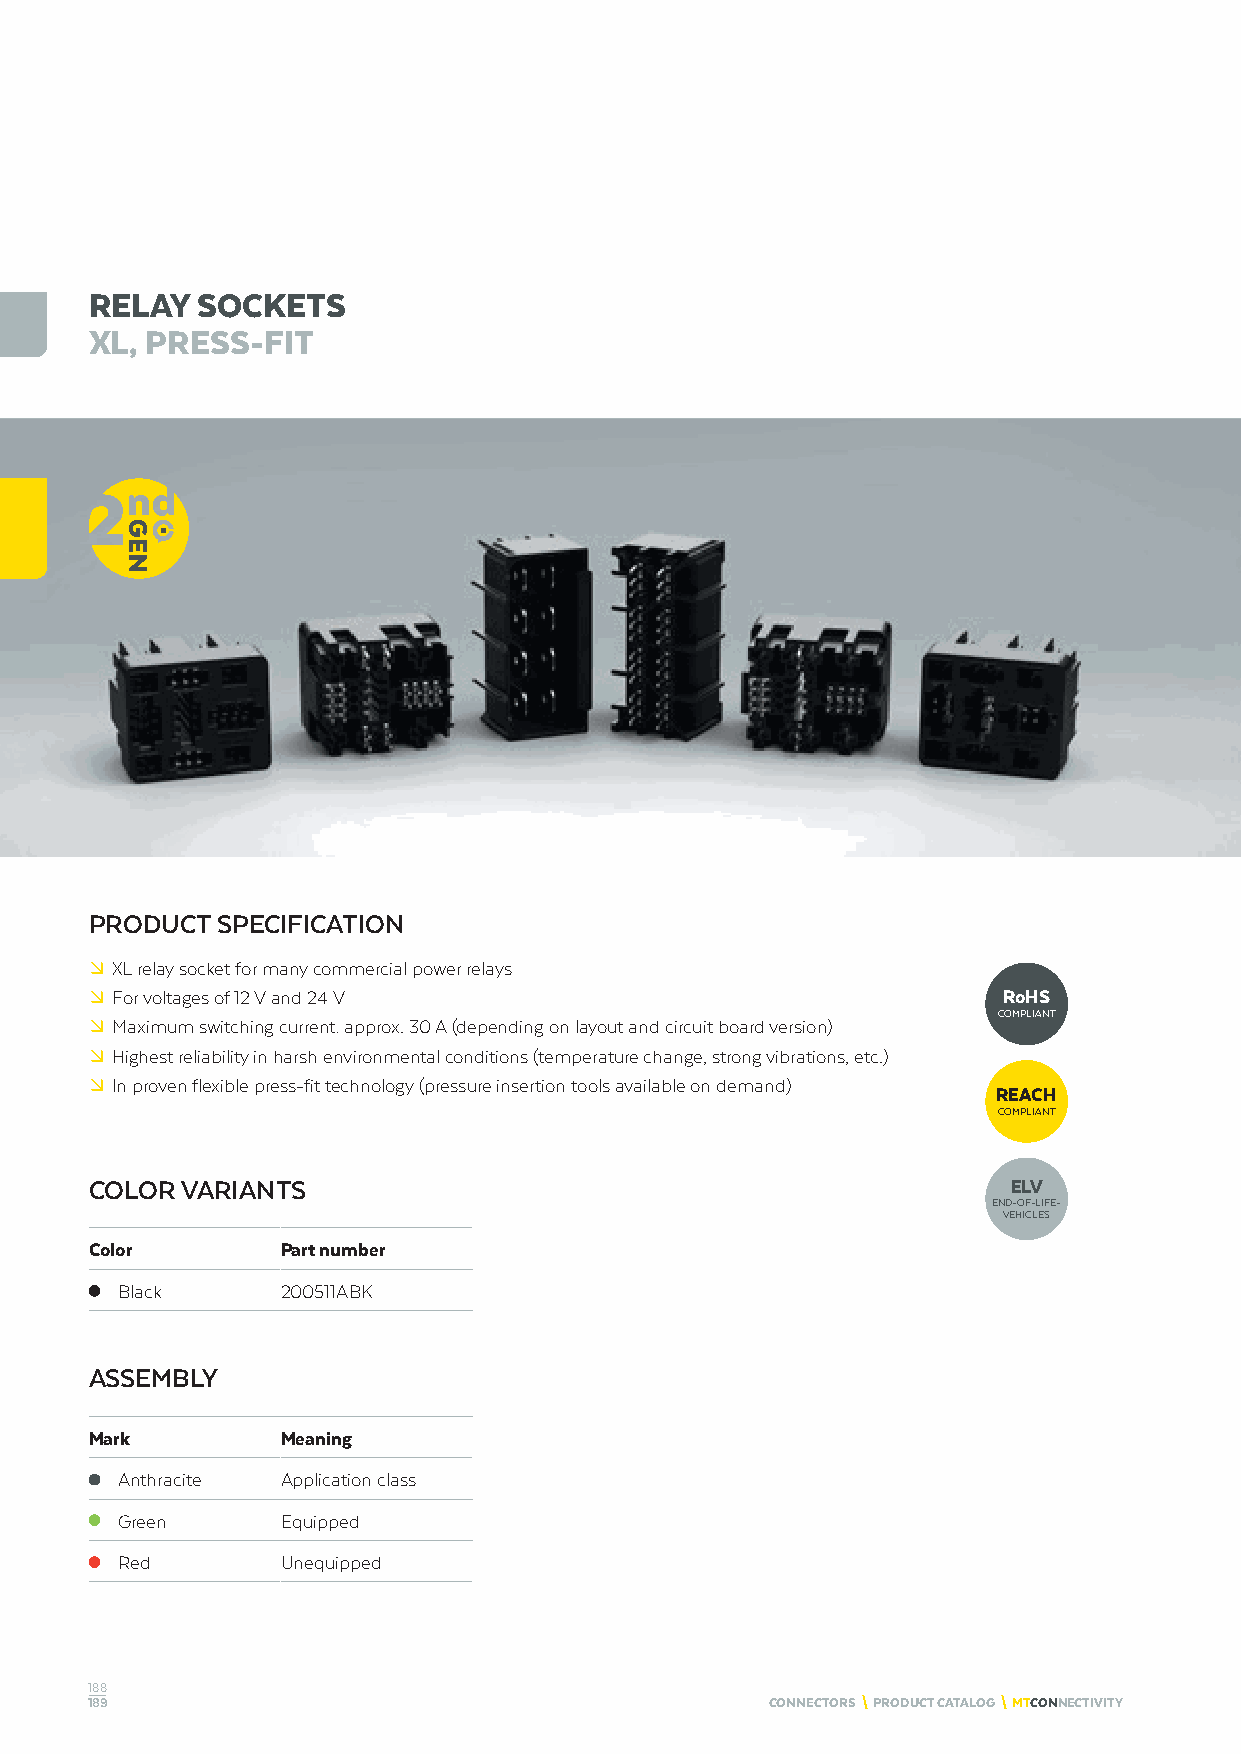
RELAY  SOCKETS
 XL, PRESS-FIT
 PRODUCT SPECIFICATION
 º XL relay socket for many commercial power relays
 º For voltages of 12 V and 24 V                             RoHS
 COMPLIANT
 º Maximum switching current: approx. 30 A (depending on layout and circuit board version)
 º Highest reliability in harsh environmental conditions (temperature change, strong vibrations, etc.)
 º In proven flexible press-fit technology (pressure insertion tools available on demand)
 REACH
 COMPLIANT
 COLOR VARIANTS                                               ELV
 END-OF-LIFE-
 VEHICLES
 Color        Part number
 Black      200511ABK
 ASSEMBLY
 Mark         Meaning
 Anthracite Application class
 Green      Equipped
 Red        Unequipped
 188
 189                                          CONNECTORS \ PRODUCT CATALOG \ MTCONNECTIVITY